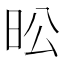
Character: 昖